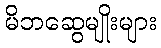
မိဘဆွေမျိုးများ